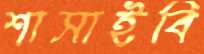
শাসাইবি